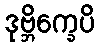
ဒုဗ္ဘိက္ခေပိ